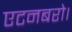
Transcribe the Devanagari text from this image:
एटनबरो।